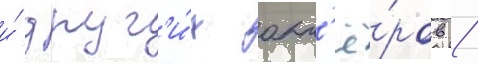
и́ друг'и́х акт'ё́ров /